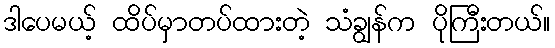
ဒါပေမယ့် ထိပ်မှာတပ်ထားတဲ့ သံချွန်က ပိုကြီးတယ်။